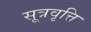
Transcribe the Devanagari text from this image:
सूत्रवृत्ति